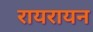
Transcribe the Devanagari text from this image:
रायरायन